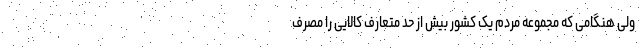
ولی هنگامی که مجموعه مردم یک کشور بیش از حد متعارف کالایی را مصرف